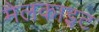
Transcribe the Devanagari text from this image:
मैलकाइट